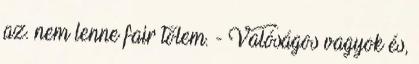
az. nem lenne fair tőlem. - Valóságos vagyok és,